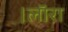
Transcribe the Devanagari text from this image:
।लाॅरा